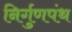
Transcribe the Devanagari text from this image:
निर्गुणपंथ